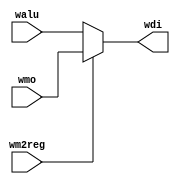
module pipe_stage_wb (walu,wmo,wm2reg,wdi);
   input [31:0] walu,wmo;
   input wm2reg;
   
   output [31:0] wdi;
   
   assign wdi = wm2reg ? wmo : walu;
endmodule